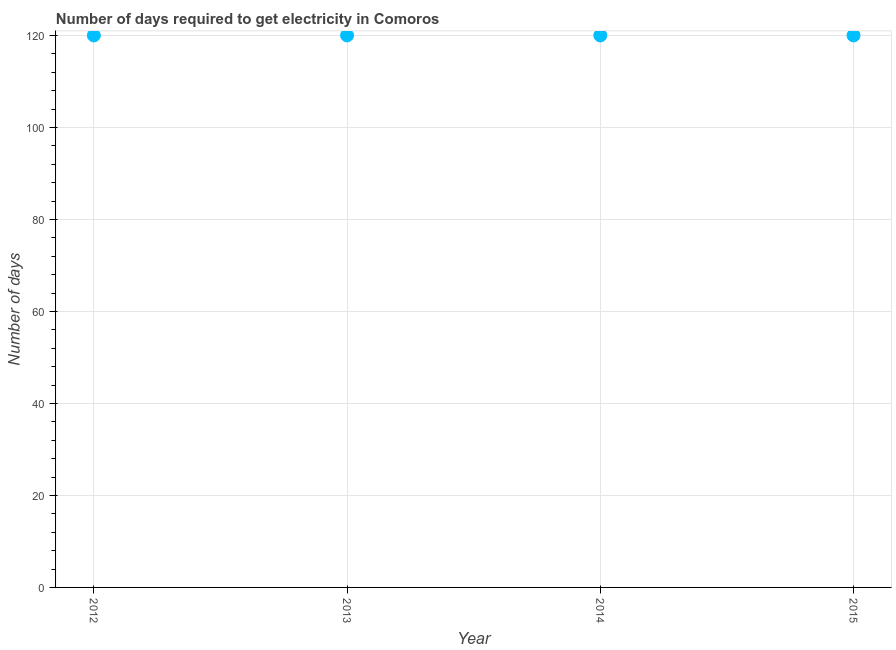
| Year | Time to get electricity |
 | --- | --- |
 | 2012 | 120 |
 | 2013 | 120 |
 | 2014 | 120 |
 | 2015 | 120 |